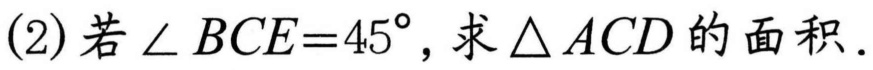
(2)若\(\angle BCE = 45^{\circ}\), 求\(\triangle ACD\)的面积.